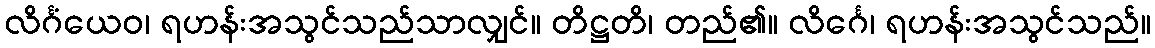
လိင်္ဂံယေဝ၊ ရဟန်းအသွင်သည်သာလျှင်။ တိဋ္ဌတိ၊ တည်၏။ လိင်္ဂေ၊ ရဟန်းအသွင်သည်။